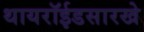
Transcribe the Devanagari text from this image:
थायरॉईडसारखे